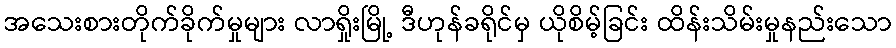
အသေးစားတိုက်ခိုက်မှုများ လာရှိုးမြို့ ဒီဟုန်ခရိုင်မှ ယိုစိမ့်ခြင်း ထိန်းသိမ်းမှုနည်းသော